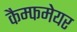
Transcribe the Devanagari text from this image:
कैम्फमेयर